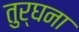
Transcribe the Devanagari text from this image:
तुर्घना